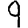
Digit: 9